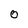
Character: 0